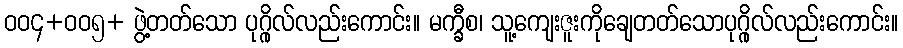
ဝဝ၄+ဝဝ၅+ ဖွဲ့တတ်သော ပုဂ္ဂိုလ်လည်းကောင်း။ မက္ခီစ၊ သူ့ကျေးဇူးကိုချေတတ်သောပုဂ္ဂိုလ်လည်းကောင်း။